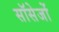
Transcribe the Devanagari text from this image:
सॉसेजों